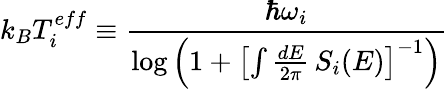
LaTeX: k_{B}T_{i}^{eff}\equiv\frac{\hbar\omega_{i}}{\log\left(1+\left[\int\frac{dE}{2\pi}\, S_{i}(E)\right]^{-1}\right)}